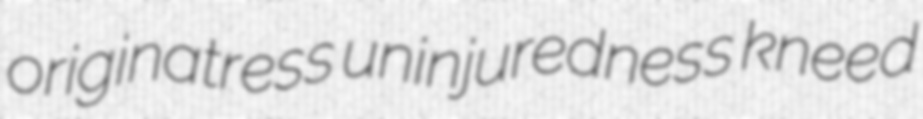
originatress uninjuredness kneed